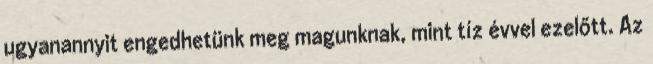
ugyanannyit engedhetünk meg magunknak, mint tíz évvel ezelőtt. Az